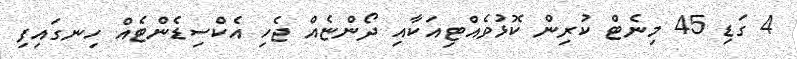
4 ގަޑި 45 މިނެޓް ކުރިން ކޮޅުވެއްޓިއަކާއި ދޯންޏެއް ޖެހި އެކްސިޑެންޓެއް ހިނގައިފި